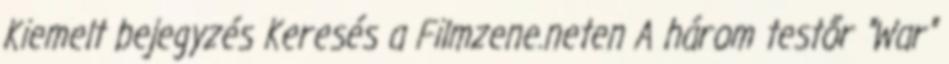
Kiemelt bejegyzés Keresés a Filmzene.neten A három testőr "War"